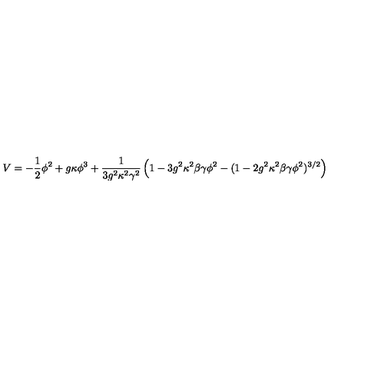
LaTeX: V = - \frac { 1 } { 2 } \phi ^ { 2 } + g \kappa \phi ^ { 3 } + \frac { 1 } { 3 g ^ { 2 } \kappa ^ { 2 } \gamma ^ { 2 } } \left( 1 - 3 g ^ { 2 } \kappa ^ { 2 } \beta \gamma \phi ^ { 2 } - ( 1 - 2 g ^ { 2 } \kappa ^ { 2 } \beta \gamma \phi ^ { 2 } ) ^ { 3 / 2 } \right)